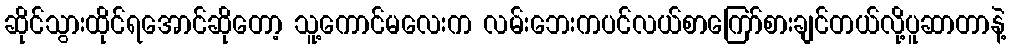
ဆိုင်သွားထိုင်ရအောင်ဆိုတော့ သူ့ကောင်မလေးက လမ်းဘေးကပင်လယ်စာကြော်စားချင်တယ်လို့ပူဆာတာနဲ့